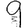
Digit: 9